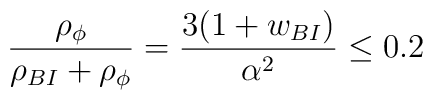
{\rho_{\phi} \over {\rho_{BI}+\rho_{\phi}}}={{3(1+w_{BI})} \over \alpha^2} \le 0.2